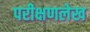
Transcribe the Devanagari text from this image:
परीक्षणलेख